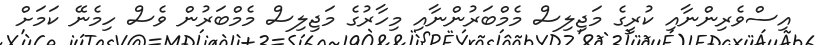
އިސްވެރިންނާއި ކުރީގެ މަޖިލިސް މެމްބަރުންނާއި މިހާރުގެ މަޖިލިސް މެމްބަރުން ވެސް ހިމެނޭ ކަމަށް